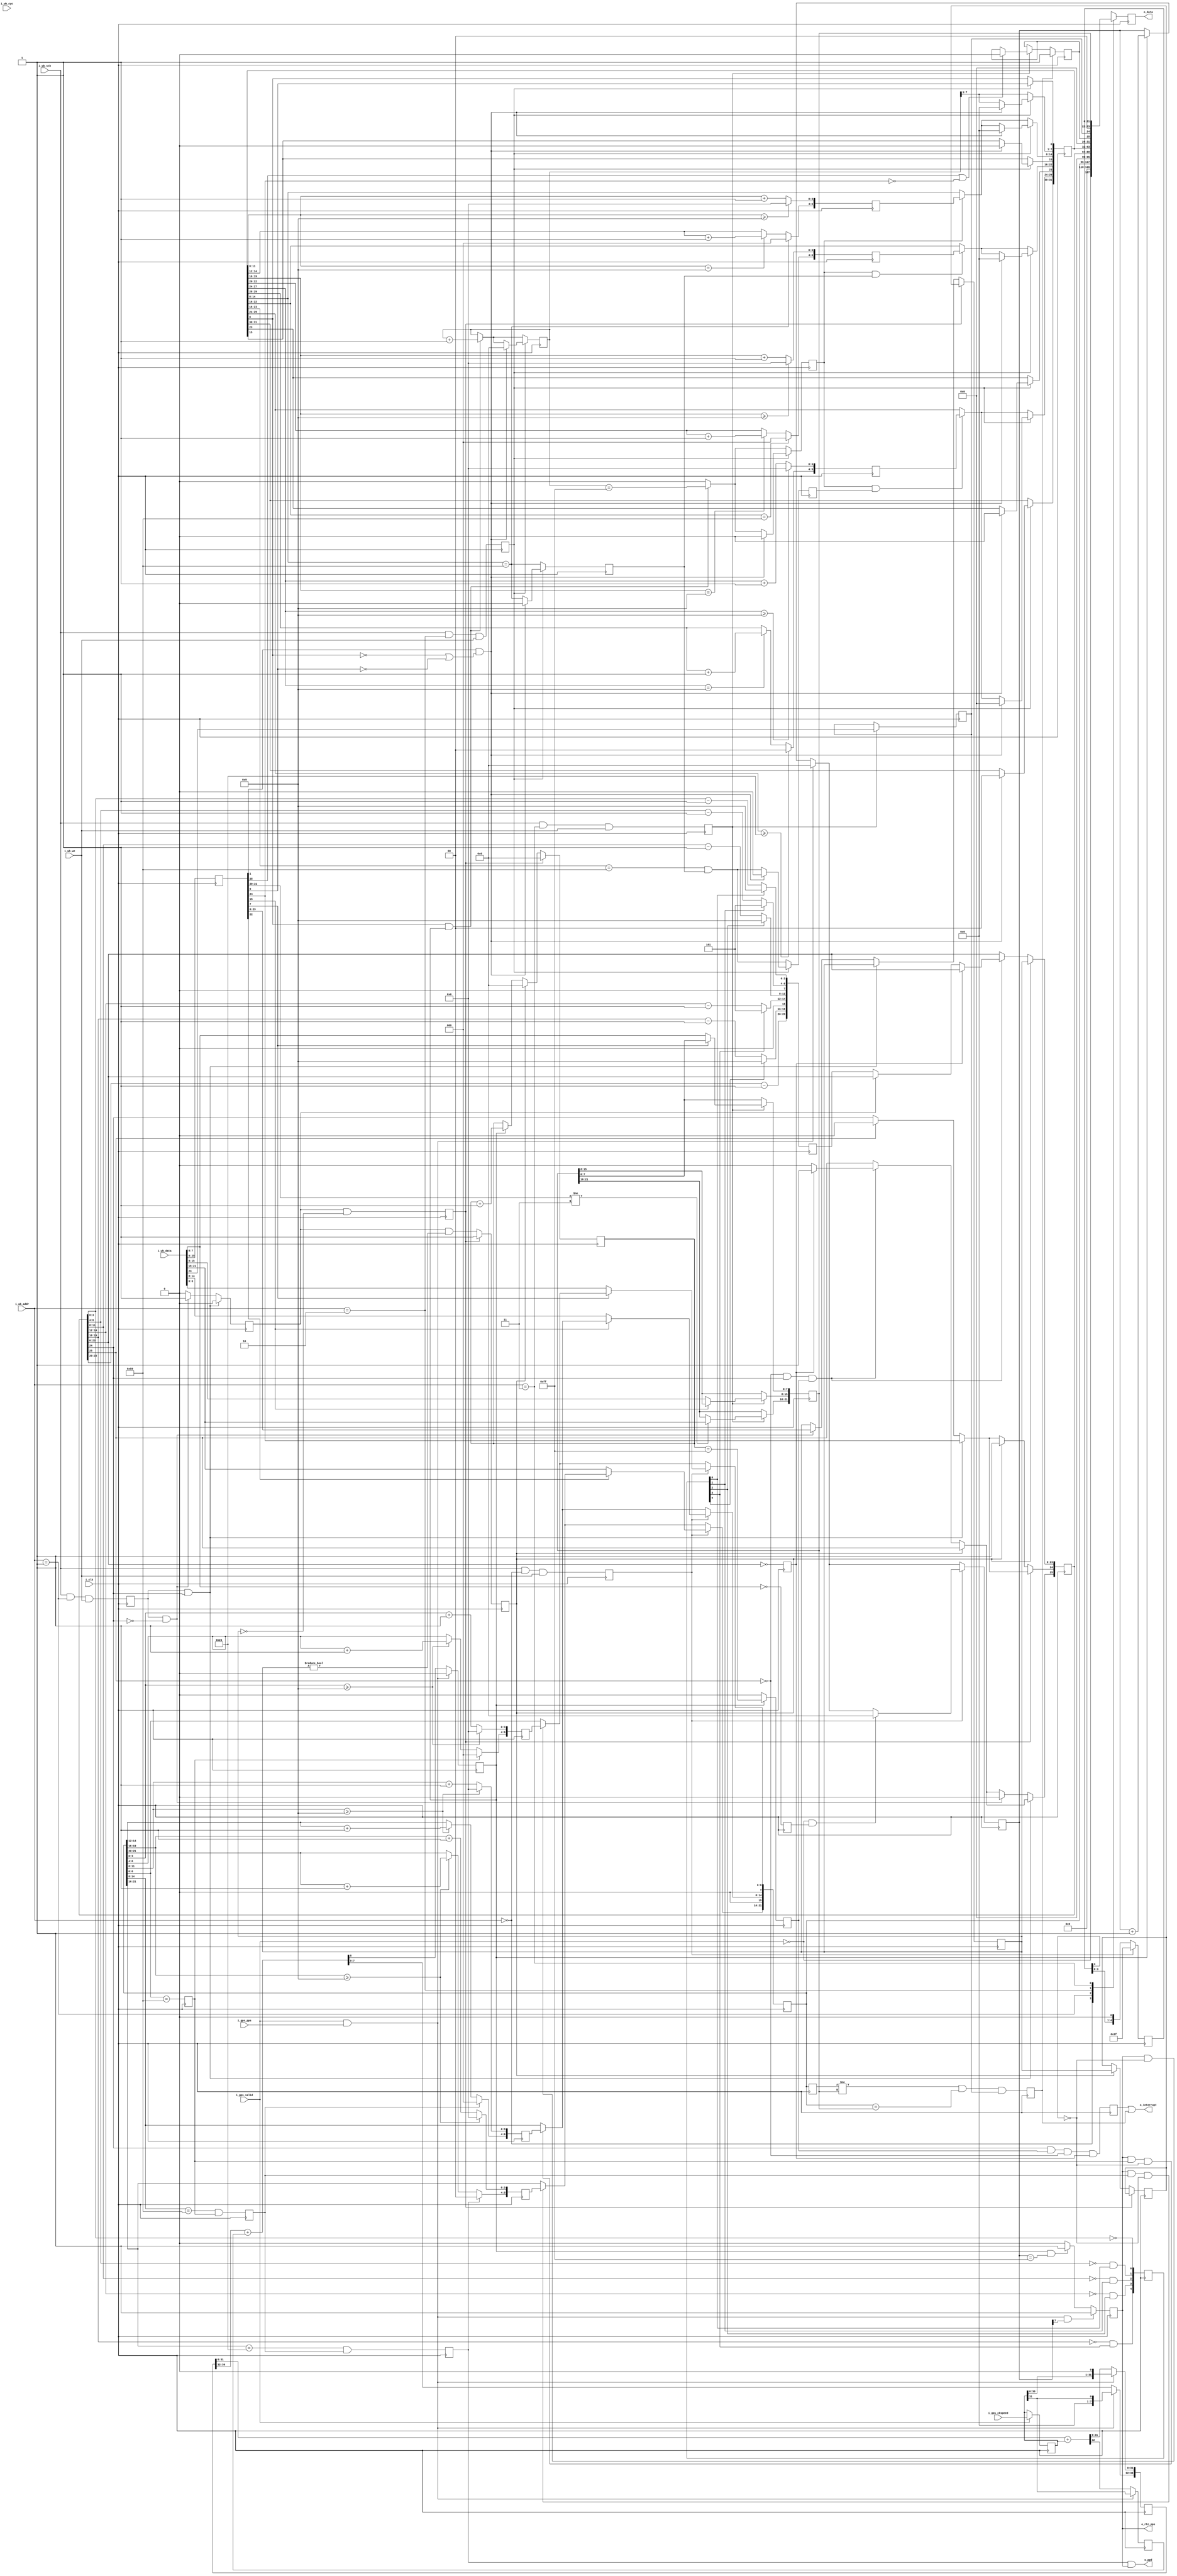
module	rtcgps(i_clk, 
		// Wishbone interface
		i_wb_cyc, i_wb_stb, i_wb_we, i_wb_addr, i_wb_data,
		//	o_wb_ack, o_wb_stb, o_wb_data, // no reads here
		// Output registers
		o_data, // multiplexed based upon i_wb_addr
		// Output controls
		o_interrupt,
		// A once-per-day strobe on the last clock of the day
		o_ppd,
		// GPS interface
		i_gps_valid, i_gps_pps, i_gps_ckspeed,
		// Our personal timing, for debug purposes
		o_rtc_pps);
	parameter	DEFAULT_SPEED = 32'd2814750; //2af31e = 2^48 / 100e6 MHz
	//
	input	wire		i_clk;
	//
	input	wire		i_wb_cyc, i_wb_stb, i_wb_we;
	input	wire	[1:0]	i_wb_addr;
	input	wire	[31:0]	i_wb_data;
	// input		i_btn;
	output	reg	[31:0]	o_data;
	output	wire		o_interrupt, o_ppd;
	// GPS interface
	input	wire		i_gps_valid, i_gps_pps;
	input	wire	[31:0]	i_gps_ckspeed;
	// Personal PPS
	output	wire		o_rtc_pps;

	reg	[21:0]	clock;
	reg	[31:0]	stopwatch, ckspeed;
	reg	[25:0]	timer;
	
	reg	ck_wr, tm_wr, sw_wr, al_wr, r_data_zero_byte;
	reg	[25:0]	r_data;
	always @(posedge i_clk)
	begin
		ck_wr <= ((i_wb_stb)&&(i_wb_addr==2'b00)&&(i_wb_we));
		tm_wr <= ((i_wb_stb)&&(i_wb_addr==2'b01)&&(i_wb_we));
		sw_wr <= ((i_wb_stb)&&(i_wb_addr==2'b10)&&(i_wb_we));
		al_wr <= ((i_wb_stb)&&(i_wb_addr==2'b11)&&(i_wb_we));
		r_data <= i_wb_data[25:0];
		r_data_zero_byte <= (i_wb_data[7:0] == 8'h00);
	end

	reg	[39:0]	ck_counter;
	reg		ck_carry, ck_sub_carry;
	always @(posedge i_clk)
		if ((i_gps_valid)&&(i_gps_pps))
		begin
			ck_carry   <= 0;
			// Start our counter 2 clocks into the future.
			// Why?  Because if we hit the PPS, we'll be delayed
			// one clock from true time.  This (hopefully) locks
			// us back onto true time.  Further, if we end up
			// off (i.e., go off before the GPS tick ...) then
			// the GPS tick will put us back on track ... likewise
			// we've got code following that should keep us from
			// ever producing two PPS's per second.
			ck_counter <= { 7'h00, ckspeed, 1'b0 };
			ck_sub_carry <= ckspeed[31];
		end else begin
			{ ck_sub_carry, ck_counter[31:0] }
				<= ck_counter[31:0] + ckspeed;
			{ ck_carry, ck_counter[39:32] }
				<= ck_counter[39:32] + { 7'h0, ck_sub_carry };
		end

	reg		ck_pps;
	reg		ck_ppm, ck_pph, ck_ppd;
	reg	[7:0]	ck_sub;
	initial	clock = 22'h00000000;
	always @(posedge i_clk)
		if ((i_gps_pps)&&(i_gps_valid)&&(ck_sub[7]))
			ck_pps <= 1'b1;
		else if ((ck_carry)&&(ck_sub == 8'hff))
			ck_pps <= 1'b1;
		else
			ck_pps <= 1'b0;

	reg	[6:0]	next_clock_secs;
	always @(posedge i_clk)
	begin
		next_clock_secs[3:0] <= (clock[3:0] >= 4'h9) ? 4'h0 // clk 1
						: (clock[3:0] + 4'h1);
		next_clock_secs[6:4] <= (ck_ppm) ? 3'h0 // clk 2
					: (clock[3:0] >= 4'h9)
						? (clock[6:4] + 3'h1)
						: clock[6:4];
	end

	reg	[6:0]	next_clock_mins;
	always @(posedge i_clk)
	begin
		next_clock_mins[3:0] <= (clock[11:8] >= 4'h9) ? 4'h0
						: (clock[11:8] + 4'h1);
		next_clock_mins[6:4] <= (ck_pph) ? 3'h0
					: (clock[11:8] >= 4'h9)
						? (clock[14:12] + 3'h1)
						: clock[14:12];
	end

	reg	[5:0]	next_clock_hrs;
	always @(posedge i_clk)
	begin
		next_clock_hrs[3:0] <= (clock[19:16] >= 4'h9) ? 4'h0
						: (clock[19:16] + 4'h1);
		next_clock_hrs[5:4] <= (ck_ppd) ? 2'h0
					: (clock[19:16] >= 4'h9)
						? (clock[21:20] + 2'h1)
						: (clock[21:20]);
	end

	reg	[4:0] ck_pending;
	assign	o_rtc_pps = ck_pps;
	always @(posedge i_clk)
	begin
		if ((i_gps_valid)&&(i_gps_pps))
			ck_sub <= 0;
		else if (ck_carry)
			ck_sub <= ck_sub + 1;

		if ((ck_pps)&&(~ck_pending[4])) // advance the seconds
			clock[6:0] <= next_clock_secs;
		clock[7] <= 1'b0;
		ck_ppm <= (clock[6:0] == 7'h59);

		if ((ck_pps)&&(ck_ppm)&&(~ck_pending[4])) // advance the minutes
			clock[14:8] <= next_clock_mins;
		clock[15] <= 1'b0;
		ck_pph <= (clock[14:8] == 7'h59)&&(ck_ppm);

		if ((ck_pps)&&(ck_pph)&&(~ck_pending[4])) // advance the hours
			clock[21:16] <= next_clock_hrs;
		ck_ppd <= (clock[21:16] == 6'h23)&&(ck_pph);

		clock[ 7] <= 1'b0;
		clock[15] <= 1'b0;

		if (ck_wr)
		begin
			if (~r_data[7])
				clock[6:0] <= i_wb_data[6:0];
			if (~r_data[15])
				clock[14:8] <= i_wb_data[14:8];
			if (~r_data[22])
				clock[21:16] <= i_wb_data[21:16];
			if ((~i_gps_valid)&&(r_data_zero_byte))
				ck_sub <= 8'h00;
			ck_pending <= 5'h1f;
		end else
			ck_pending <= { ck_pending[3:0], 1'b0 };
	end

	reg	[21:0]	ck_last_clock;
	always @(posedge i_clk)
		ck_last_clock <= clock[21:0];



	// 
	reg	[23:0]	next_timer;
	reg		ztimer;
	reg	[4:0]	tmr_carry;
	always @(posedge i_clk)
	begin
		tmr_carry[0] <= (timer[ 3: 0]== 4'h0);
		tmr_carry[1] <= (timer[ 6: 4]== 3'h0)&&(tmr_carry[0]);
		tmr_carry[2] <= (timer[11: 8]== 4'h0)&&(tmr_carry[1]);
		tmr_carry[3] <= (timer[14:12]== 3'h0)&&(tmr_carry[2]);
		tmr_carry[4] <= (timer[19:16]== 4'h0)&&(tmr_carry[3]);
		ztimer <= (timer[23:0]== 24'h0);

		// Keep unused bits at zero
		next_timer <= 24'h00;
		// Seconds
		next_timer[ 3: 0] <= (tmr_carry[0])? 4'h9: (timer[ 3: 0]-4'h1);
		next_timer[ 6: 4] <= (tmr_carry[1])? 3'h5: (timer[ 6: 4]-3'h1);
		// Minutes
		next_timer[11: 8] <= (tmr_carry[2])? 4'h9: (timer[11: 8]-4'h1);
		next_timer[14:12] <= (tmr_carry[3])? 3'h5: (timer[14:12]-3'h1);
		// Hours
		next_timer[19:16] <= (tmr_carry[4])? 4'h9: (timer[19:16]-4'h1);
		next_timer[23:20] <= (timer[23:20]-4'h1);
	end

	reg	new_timer, new_timer_set, new_timer_last;
	reg	[23:0]	new_timer_val;

	reg	tm_pps, tm_int;
	wire	tm_stopped, tm_running, tm_alarm;
	assign	tm_stopped = ~timer[24];
	assign	tm_running =  timer[24];
	assign	tm_alarm   =  timer[25];
	reg	[23:0]		tm_start;
	reg	[7:0]		tm_sub;
	initial	tm_start = 24'h00;
	initial	timer    = 26'h00;
	initial	tm_int   = 1'b0;
	initial	tm_pps   = 1'b0;
	always @(posedge i_clk)
	begin
		if (ck_carry)
		begin
			tm_sub <= tm_sub + 1;
			tm_pps <= (tm_sub == 8'hff);
		end else
			tm_pps <= 1'b0;
		
		if (new_timer_set) // Conclude a write
			timer[23:0] <= new_timer_val;
		else if ((~tm_alarm)&&(tm_running)&&(tm_pps))
		begin // Otherwise, if we are running ...
			timer[25] <= 1'b0; // Clear any alarm
			if (ztimer) // unless we've hit zero
				timer[25] <= 1'b1;
			else if (~new_timer)
				timer[23:0] <= next_timer;
		end

		tm_int <= (tm_running)&&(tm_pps)&&(~tm_alarm)&&(ztimer);

		if (tm_alarm) // Stop the timer on an alarm
			timer[24] <= 1'b0;

		new_timer <= 1'b0;
		if ((tm_wr)&&(tm_running)) // Writes while running
			// Only allow the timer to stop, nothing more
			timer[24] <= r_data[24];
		else if ((tm_wr)&&(tm_stopped)) // Writes while off
		begin
			// We're going to pipeline this change by a couple
			// of clocks, to get it right
			new_timer <= 1'b1;
			new_timer_val <= r_data[23:0];

			// Still ... any write clears the alarm
			timer[25] <= 1'b0;
		end

		new_timer_set  <= (new_timer)&&(new_timer_val != 24'h000);
		new_timer_last <= (new_timer)&&(new_timer_val == 24'h000);
		if (new_timer_last)
		begin
			new_timer_val <= tm_start;
			tm_sub <= 8'h00;
			new_timer_set <= 1'b1;
		end else if (new_timer_set)
		begin
			tm_start <= new_timer_val;
			tm_sub <= 8'h00;
			timer[24] <= 1'b1;
		end
	end

	//
	// Stopwatch functionality
	//
	// Setting bit '0' starts the stop watch, clearing it stops it.
	// Writing to the register with bit '1' high will clear the stopwatch,
	// and return it to zero provided that the stopwatch is stopped either
	// before or after the write.  Hence, writing a '2' to the device
	// will always stop and clear it, whereas writing a '3' to the device
	// will only clear it if it was already stopped.
	reg	[6:0]	next_sw_secs;
	always @(posedge i_clk)
	begin
		next_sw_secs[3:0] <= (stopwatch[11:8] >= 4'h9) ? 4'h0
						: (stopwatch[11:8] + 4'h1);
		next_sw_secs[6:4] <= (stopwatch[14:8] == 7'h59) ? 3'h0
					: (stopwatch[11:8] == 4'h9)
						? (stopwatch[14:12]+3'h1)
						: stopwatch[14:12];
	end

	reg	[6:0]	next_sw_mins;
	always @(posedge i_clk)
	begin
		next_sw_mins[3:0] <= (stopwatch[19:16] >= 4'h9) ? 4'h0
						: (stopwatch[19:16] + 4'h1);
		next_sw_mins[6:4] <= (stopwatch[22:16] == 7'h59) ? 3'h0
					: (stopwatch[19:16]==4'h9)
						? (stopwatch[22:20]+3'h1)
						: stopwatch[22:20];
	end

	reg	[5:0]	next_sw_hrs;
	always @(posedge i_clk)
	begin
		next_sw_hrs[3:0] <= (stopwatch[27:24] >= 4'h9) ? 4'h0
						: (stopwatch[27:24] + 4'h1);
		next_sw_hrs[5:4] <= (stopwatch[29:24] >= 6'h23) ? 2'h0
					: (stopwatch[27:24]==4'h9)
						? (stopwatch[29:28]+2'h1)
						: stopwatch[29:28];
	end

	reg		sw_pps, sw_ppm, sw_pph;
	reg	[7:0]	sw_sub;
	wire	sw_running;
	assign	sw_running = stopwatch[0];
	initial	stopwatch = 32'h00000;
	always @(posedge i_clk)
	begin
		sw_pps <= 1'b0;
		if ((sw_running)&&(ck_carry))
		begin
			sw_sub <= sw_sub + 1;
			sw_pps <= (sw_sub == 8'hff);
		end

		stopwatch[7:1] <= sw_sub[7:1];

		if (sw_pps) // Second hand
			stopwatch[14:8] <= next_sw_secs;
		sw_ppm <= (stopwatch[14:8] == 7'h59);

		if ((sw_pps)&&(sw_ppm)) // Minutes
			stopwatch[22:16] <= next_sw_mins;
		sw_pph <= (stopwatch[23:16] == 8'h59)&&(sw_ppm);

		if ((sw_pps)&&(sw_pph)) // And hours
			stopwatch[29:24] <= next_sw_hrs;

		if (sw_wr)
		begin
			stopwatch[0] <= r_data[0];
			if((r_data[1])&&((~stopwatch[0])||(~r_data[0])))
			begin
				stopwatch[31:1] <= 31'h00;
				sw_sub <= 8'h00;
				sw_pps <= 1'b0;
				sw_ppm <= 1'b0;
				sw_pph <= 1'b0;
			end
		end
	end

	//
	// The alarm code
	//
	// Set the alarm register to the time you wish the board to "alarm".
	// The "alarm" will take place once per day at that time.  At that
	// time, the RTC code will generate a clock interrupt, and the CPU/host
	// can come and see that the alarm tripped.
	//
	// 
	reg	[21:0]		alarm_time;
	reg			al_int,		// The alarm interrupt line
				al_enabled,	// Whether the alarm is enabled
				al_tripped;	// Whether the alarm has tripped
	initial	al_enabled= 1'b0;
	initial	al_tripped= 1'b0;
	always @(posedge i_clk)
	begin
		if (al_wr)
		begin
			// Only adjust the alarm hours if the requested hours
			// are valid.  This allows writes to the register,
			// without a prior read, to leave these configuration
			// bits alone.
			if (r_data[21:20] != 2'h3)
				alarm_time[21:16] <= i_wb_data[21:16];
			// Here's the same thing for the minutes: only adjust
			// the alarm minutes if the new bits are not all 1's. 
			if (~r_data[15])
				alarm_time[15:8] <= i_wb_data[15:8];
			// Here's the same thing for the seconds: only adjust
			// the alarm seconds if the new bits are not all 1's. 
			if (~r_data[7])
				alarm_time[7:0] <= i_wb_data[7:0];
			al_enabled <= i_wb_data[24];
			// Reset the alarm if a '1' is written to the tripped
			// register, or if the alarm is disabled.
			if ((r_data[25])||(~r_data[24]))
				al_tripped <= 1'b0;
		end

		al_int <= ((ck_last_clock != alarm_time)
				&&(clock[21:0] == alarm_time)&&(al_enabled));
		if (al_int)
			al_tripped <= 1'b1;
	end

	//
	// The ckspeed register is equal to 2^48 divded by the number of
	// clock ticks you expect per second.  Adjust high for a slower
	// clock, lower for a faster clock.  In this fashion, a single
	// real time clock RTL file can handle tracking the clock in any
	// device.  Further, because this is only the lower 32 bits of a 
	// 48 bit counter per seconds, the clock jitter is kept below
	// 1 part in 65 thousand.
	//
	initial	ckspeed = DEFAULT_SPEED;
	// In the case of verilator, comment the above and uncomment the line
	// below.  The clock constant below is "close" to simulation time,
	// meaning that my verilator simulation is running about 300x slower
	// than board time.
	// initial	ckspeed = 32'd786432000;
	always @(posedge i_clk)
		if (i_gps_valid)
			ckspeed <= i_gps_ckspeed;

	assign	o_interrupt = tm_int || al_int;

	// A once-per day strobe, on the last second of the day so that the
	// the next clock is the first clock of the day.  This is useful for
	// connecting this module to a year/month/date date/calendar module.
	assign	o_ppd = (ck_ppd)&&(ck_pps);

	always @(posedge i_clk)
		case(i_wb_addr)
		2'b00: o_data <= { ~i_gps_valid, 7'h0, 2'b00, clock[21:0] };
		2'b01: o_data <= { 6'h00, timer };
		2'b10: o_data <= stopwatch;
		2'b11: o_data <= { 6'h00, al_tripped, al_enabled, 2'b00, alarm_time };
		endcase

	// Make verilator happy
	// verilator lint_off UNUSED
	wire	[6:0] unused;
	assign	unused = { i_wb_cyc, i_wb_data[31:26] };
	// verilator lint_on  UNUSED
endmodule